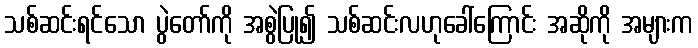
သစ်ဆင်းရင်သော ပွဲတော်ကို အစွဲပြု၍ သစ်ဆင်းလဟုခေါ်ကြောင်း အဆိုကို အများက